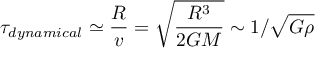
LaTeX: \tau _ { d y n a m i c a l } \simeq { \frac { R } { v } } = { \sqrt { \frac { R ^ { 3 } } { 2 G M } } } \sim 1 / { \sqrt { G \rho } }